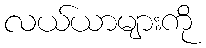
လယ်ယာများကို